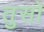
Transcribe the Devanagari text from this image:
तुसो